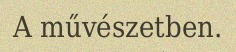
A művészetben.